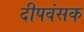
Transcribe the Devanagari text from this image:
दीपवंसक